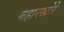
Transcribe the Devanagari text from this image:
महारखोरे